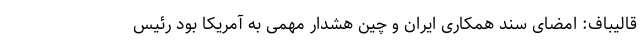
قالیباف: امضای سند همکاری ایران و چین هشدار مهمی به آمریکا بود رئیس